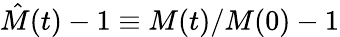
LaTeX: \hat{M}(t)-1\equiv M(t)/M(0)-1